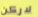
لاركن